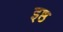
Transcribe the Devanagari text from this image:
इष्ठ